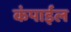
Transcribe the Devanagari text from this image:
कंपाईल